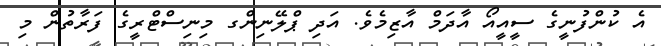
އެ ކުންފުނީގެ ސީއީއޯ އާދަމް އާޒިމެވެ. އަދި ޕްލޭނިންގ މިނިސްޓްރީގެ ފަރާތުން މި